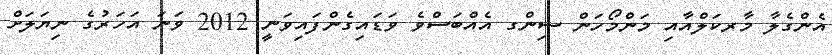
އެންގެލާ މާރކަލްއާއި މަންމޯހަން ސިންގ އެއްބަސްވެ ވަޑައިގެންފައިވަނީ 2012 ވަނަ އަހަރުގެ ނިޔަލަށް